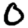
Digit: 0